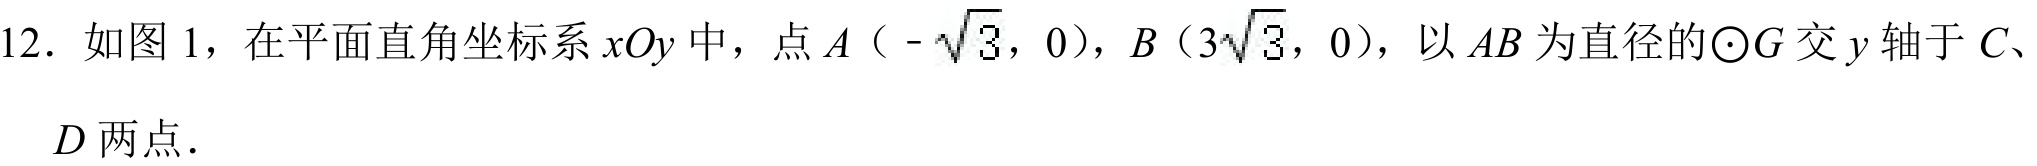
12. 如图 1，在平面直角坐标系 \(xOy\) 中，点 \(A(-\sqrt{3},0)\)，\(B(3\sqrt{3},0)\)，以 \(AB\) 为直径的\(\odot G\) 交 \(y\) 轴于 \(C\)、
\(D\) 两点.